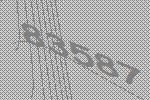
83587